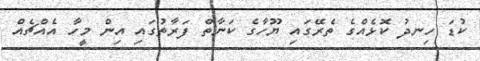
ކުޑަ ހިނދު ކޮޅެއްގެ ތެރޭގައި ޔޫހާގެ ކަނާތް ފަރާތުގައި އިން މީހާ އެއްޗެއް